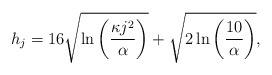
\begin{align*}h_j = 16 \sqrt{ \ln \left( \frac{\kappa j^2}{\alpha} \right)} + \sqrt{2 \ln \left( \frac{10}{\alpha} \right)},\end{align*}